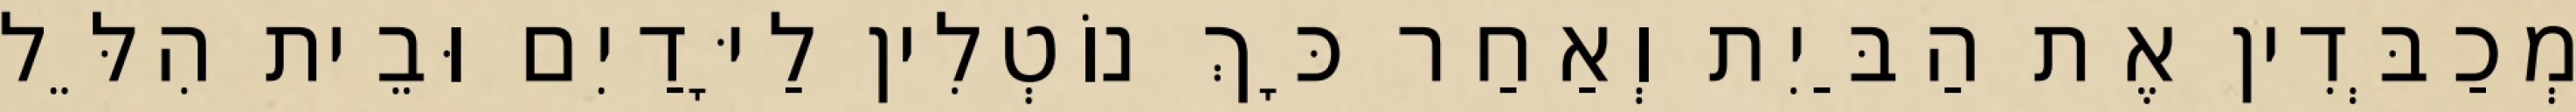
מְכַבְּדִין אֶת הַבַּיִת וְאַחַר כָּךְ נוֹטְלִין לַיָּדַיִם וּבֵית הִלֵּל